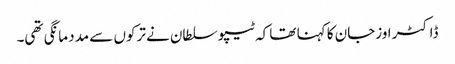
ڈاکٹر اوزجان کا کہنا تھا کہ ٹیپو سلطان نے ترکوں سے مدد مانگی تھی۔